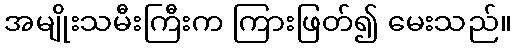
အမျိုးသမီးကြီးက ကြားဖြတ်၍ မေးသည်။